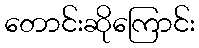
တောင်းဆိုကြောင်း